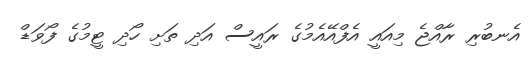
އެނބުރި ރާއްޖެ މިއައީ އެފްއޭއެމުގެ ރައީސް އަދި ތަށި ހޯދި ޓީމުގެ ފޯވަޑް